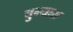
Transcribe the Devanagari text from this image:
चुन्यास